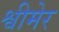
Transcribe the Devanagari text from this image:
श्वीमेर